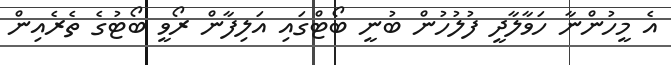
އެ މީހުންނާ ހަވާލާދީ ފުލުހުން ބުނީ ބޯޓްގައި އަލިފާން ރޯވީ ބޯޓުގެ ތެރެއިން